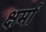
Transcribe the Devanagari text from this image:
क्षर्मा